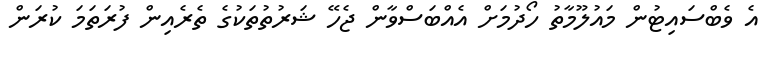
އެ ވެބްސައިޓުން މައުލޫމާތު ހޯދުމަށް އެއްބަސްވާން ޖެހޭ ޝަރުތުތަކުގެ ތެރެއިން ފުރަތަމަ ކުރަން